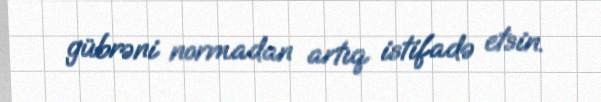
gübrəni normadan artıq istifadə etsin.